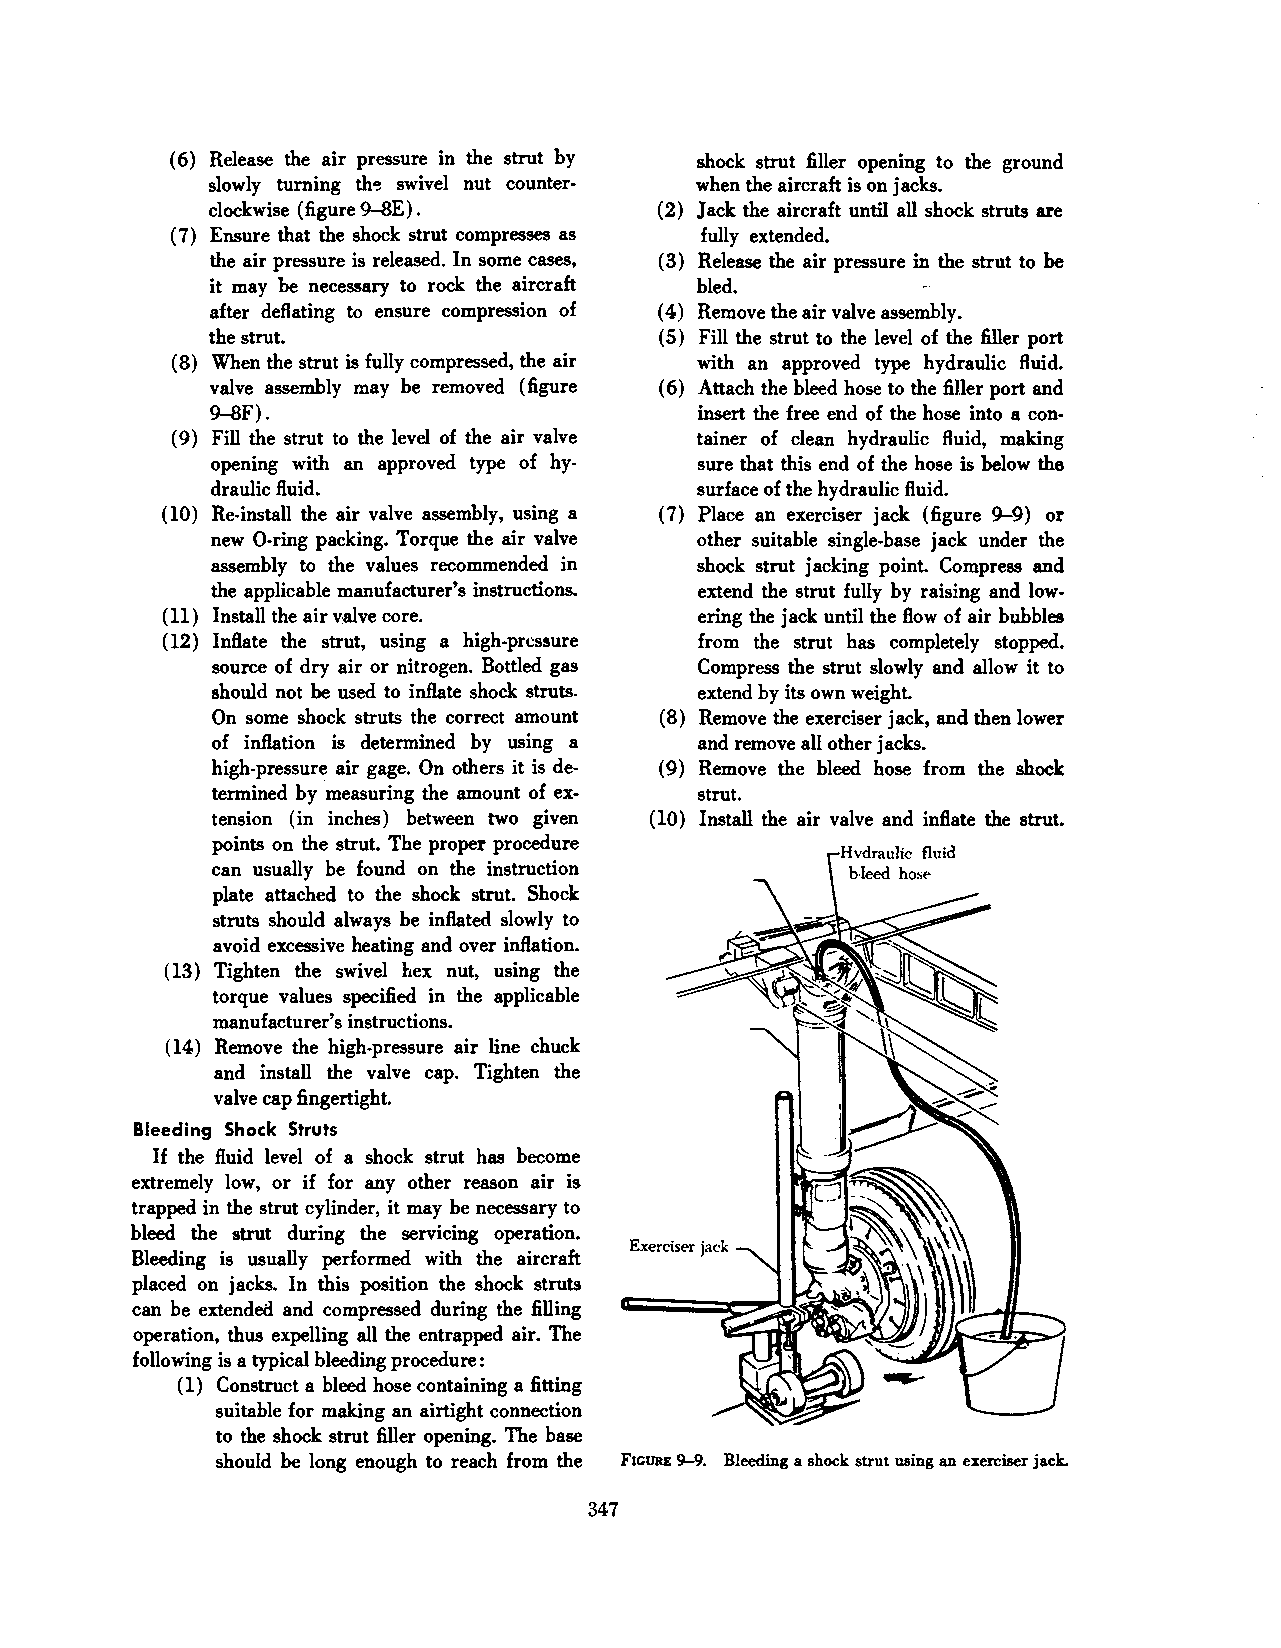
( 6) Release the air pressure in the strut by shock strut filler opening to the ground
 slowly turning th~ swivel nut counter when the aircraft is on jacks.
 clockwise (figure 9-8E) .     (2) Jack the aircraft until all shock struts are
 (7) Ensure that the shock strut compresses as fully extended.
 the air pressure is released. In some cases, ( 3) Release the air pressure in the strut to be
 it may be necessary to rock the aircraft bled.
 after deflating to ensure compression of ( 4) Remove the air valve assembly.
 the strut.                    ( 5) Fill the strut to the level of the filler port
 (8) When the strut is fully compressed, the air \\ith an approved type hydraulic fluid.
 valve assembly may be removed (figure ( 6) Attach the bleed hose to the filler port and
 9-8F).                          insert the free end of the hose into a con
 ( 9) Fill the strut to the level of the air valve tainer of clean hydraulic fluid, making
 opening with an approved type of hy sure that this end of the hose is below the
 draulic fluid.                  surface of the hydraulic fluid.
 (10) Re-install the air valve assembly, using a (7) Place an exerciser jack (figure 9-9) or
 new 0-ring packing. Torque the air valve other suitable single-base jack under the
 assembly to the values recommended in shock strut jacking point. Compress and
 the applicable manufacturer's instructions. extend the strut fully by raising and low
 ( 11) Install the air valve core.  ering the jack until the flow of air bubbles
 (12) Inflate the strut, using a high-pressure from the strut has completely stopped.
 source of dry air or nitrogen. Bottled gas Compress the strut slowly and allow it to
 should not be used to inflate shock struts. extend by its own weight.
 On some shock struts the correct amount ( 8) Remove the exerciser jack, and then lower
 of inflation is determined by using a and remove all other jacks.
 high-pressure air gage. On others it is de (9) Remove the bleed hose from the shock
 termined by measuring the amount of ex strut.
 tension (in inches) between two given ( 10) Install the air valve and inflate the strut.
 points on the strut. The proper procedure
 can usually be found on the instruction
 plate attached to the shock strut. Shock
 struts should always be inflated slowly to
 avoid excessive heating and over inflation.
 ( 13) Tighten the swivel hex nut, using the
 torque values specified in the applicable
 manufacturer's instructions.
 (14) Remove the high-pressure air line chuck
 and install the valve cap. Tighten the
 valve cap fingertight.
 Bleeding Shock Struts
 If the fluid level of a shock strut has become
 extremely low, or if for any other reason air is
 trapped in the strut cylinder, it may be necessary to
 bleed the strut during the servicing operation.
 Exerciser jack
 Bleeding is usually performed with the aircraft
 placed on jacks. In this position the shock struts
 can be extended and compressed during the filling
 operation, thus expelling all the entrapped air. The
 following is a typical bleeding procedure:
 ( 1) Construct a bleed hose containing a fitting
 suitable for making an airtight connection
 to the shock strut filler opening. The base
 should be long enough to reach from the FIGURE 9-9. Bleeding a shock strut using an exerciser jack.
 347